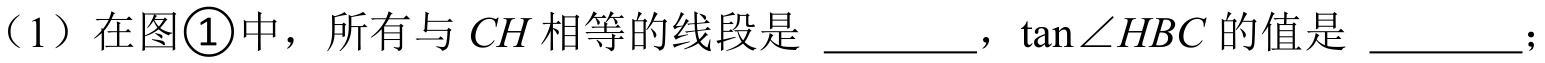
（1）在图\textcircled{1}中，所有与\(CH\)相等的线段是 \_\_\_\_\_\_，\(\tan\angle HBC\)的值是 \_\_\_\_\_\_；